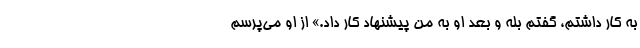
به کار داشتم، گفتم بله و بعد او به من پیشنهاد کار داد.» از او می‌پرسم